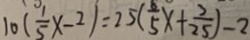
1 0 ( \frac { 1 } { 5 } x - 2 ) = 2 5 ( \frac { 8 } { 5 } x + \frac { 7 } { 2 5 } ) - 2